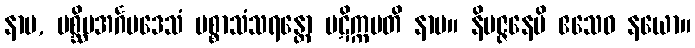
နာမ, ပစ္ဆိမအင်္ဂပဒေသံ ပစ္စာသံသရန္တော ပဋိက္ကမတိ နာမ။ နိပဇ္ဇနေပိ ဧသေဝ နယော။